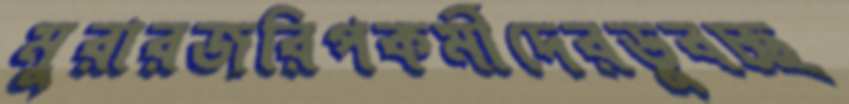
মুরারজরিপকর্মীদেরডুবচ্ছ